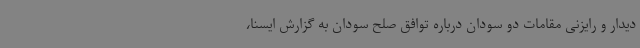
دیدار و رایزنی مقامات دو سودان درباره توافق صلح سودان به گزارش ایسنا،